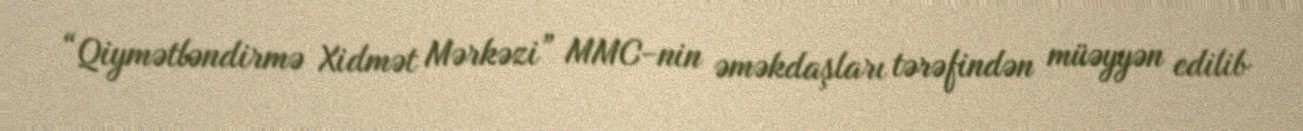
“Qiymətləndirmə Xidmət Mərkəzi” MMC-nin əməkdaşları tərəfindən müəyyən edilib